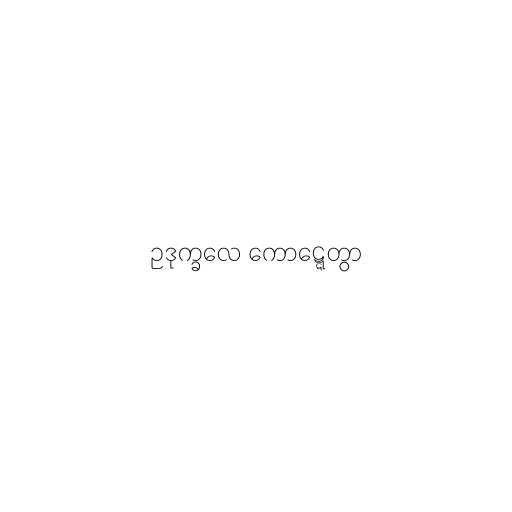
ဥဒုက္ခလေ ကောဋ္ဋေတွာ